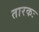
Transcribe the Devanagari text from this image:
तारकः